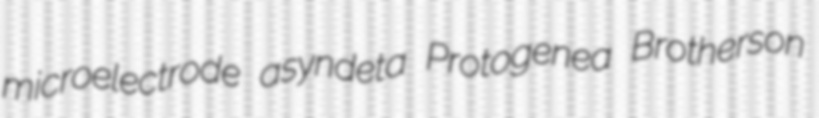
microelectrode asyndeta Protogenea Brotherson